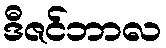
ဒီဇင်ဘာလ